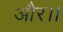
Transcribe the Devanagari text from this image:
और।।